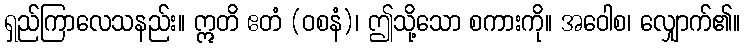
ရှည်ကြာလေသနည်း။ ဣတိ ဧတံ (ဝစနံ)၊ ဤသို့သော စကားကို။ အဝေါစ၊ လျှောက်၏။